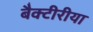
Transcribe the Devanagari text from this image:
बैक्टीरीया